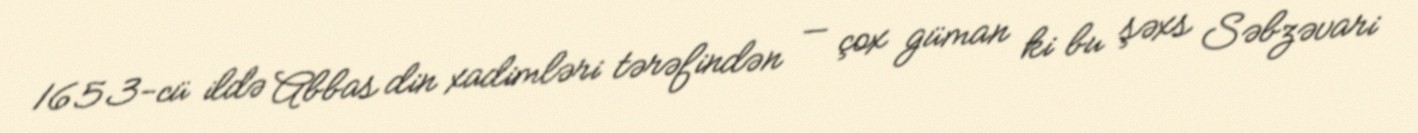
1653-cü ildə Abbas din xadimləri tərəfindən — çox güman ki bu şəxs Səbzəvari